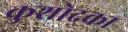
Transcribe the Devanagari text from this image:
कुशोदका